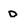
Character: o